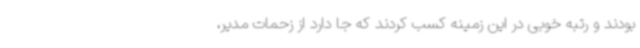
بودند و رتبه خوبی در این زمینه کسب کردند که جا دارد از زحمات مدیر،